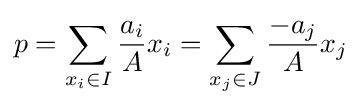
p=\sum _{x_{i}\in I}{\frac {a_{i}}{A}}x_{i}=\sum _{x_{j}\in J}{\frac {-a_{j}}{A}}x_{j}